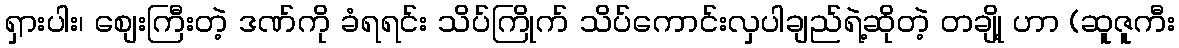
ရှားပါး၊ စျေးကြီးတဲ့ ဒဏ်ကို ခံရရင်း သိပ်ကြိုက် သိပ်ကောင်းလှပါချည်ရဲ့ဆိုတဲ့ တချို့ ဟာ (ဆူဇူကီး